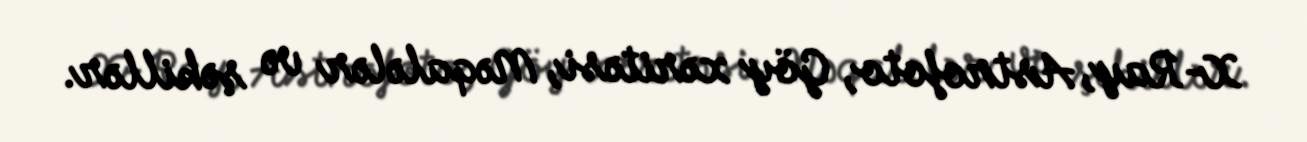
X-Ray, Astrofoto, Göy xəritəsi, Məqalələr və şəkillər.